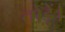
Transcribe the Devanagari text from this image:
तोड़ें।